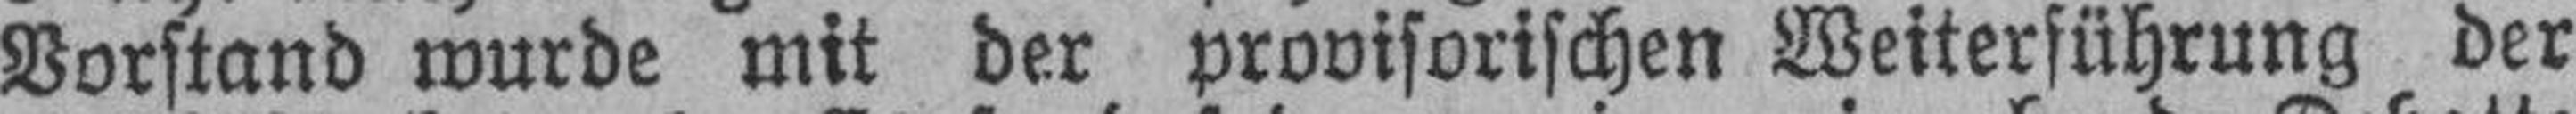
Vorstand wurde mit der provisorischen Weitersührung der